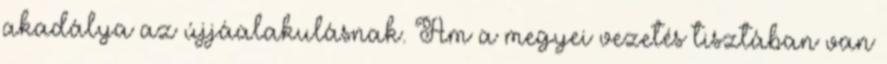
akadálya az újjáalakulásnak. Ám a megyei vezetés tisztában van